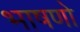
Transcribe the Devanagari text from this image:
भाषणो